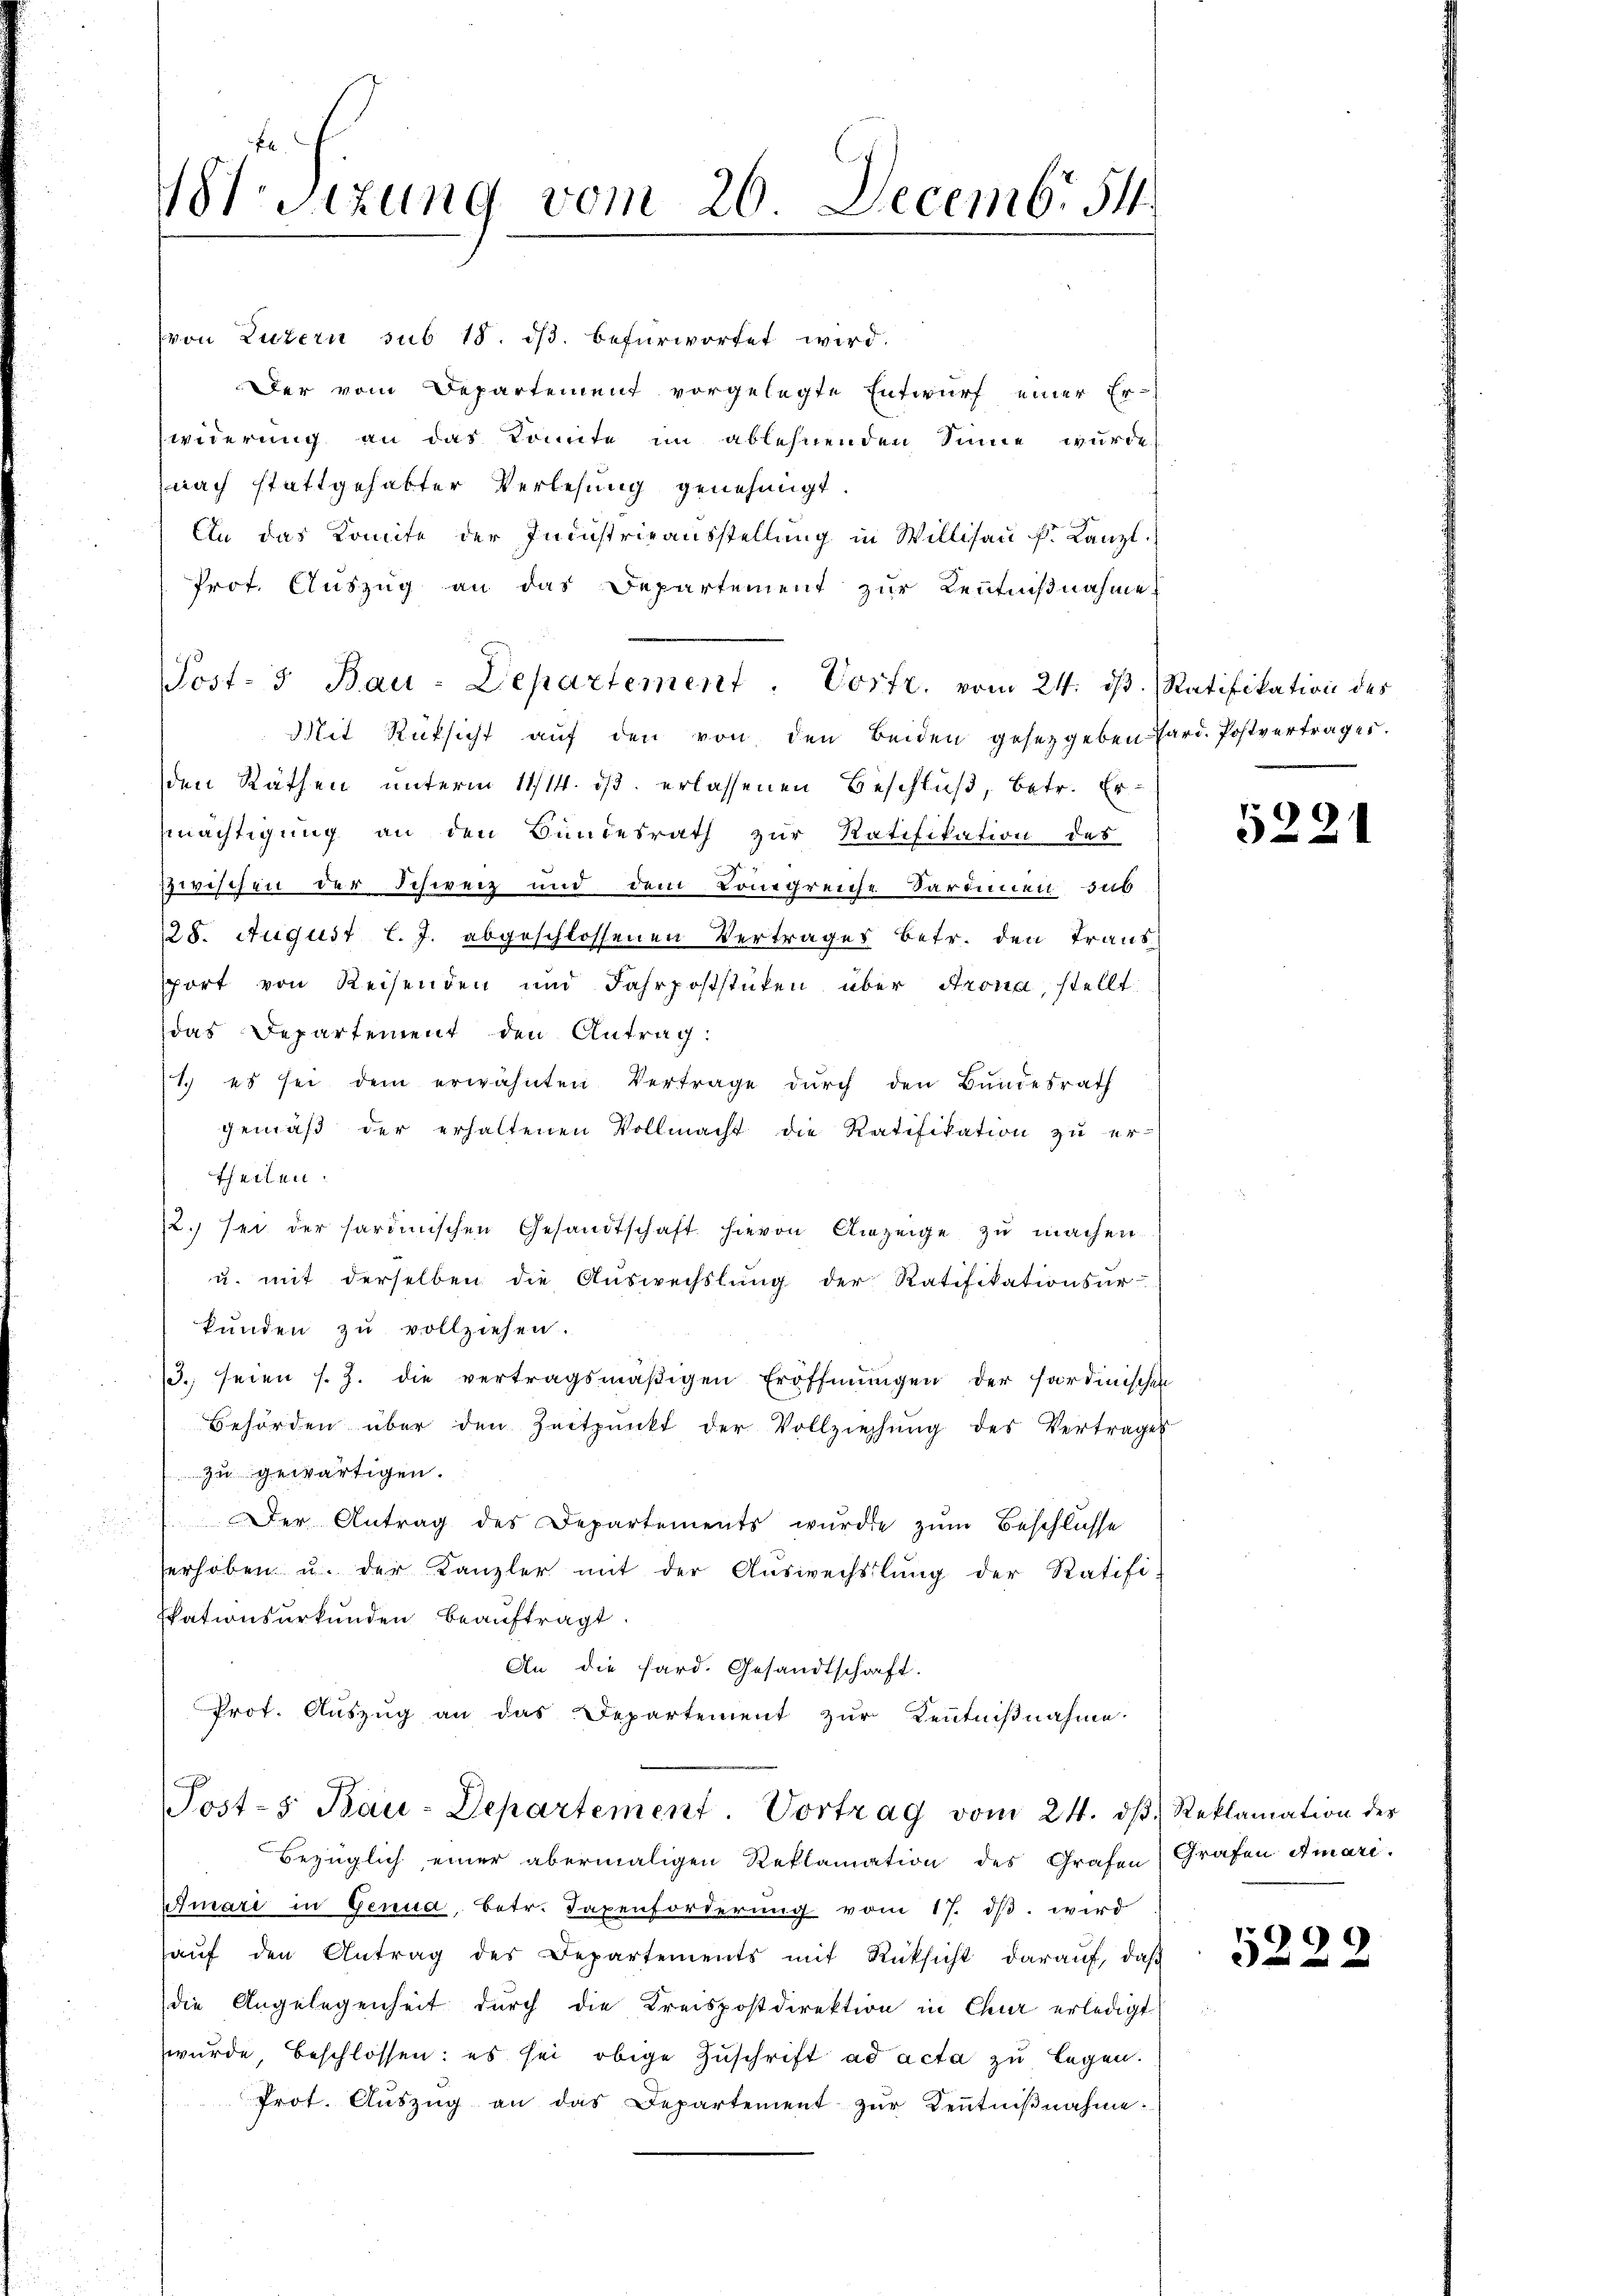
V.Sizung vom 26. Decemb. 54

von Luzern sub 18. ds. befürwortet wird.
Der vom Departement vorgelegte Entwurf einer Er-
widerung an das Komite im ablehnenden Sinne wurde
nach stattgehabter Verlesung genehmigt
An das Komite der Ininstrieausstellŭng in Willisaŭ f. Lanzl
Prof. Auszug an das Departement zur Kenntnißnahme
Mit Rüksicht auf den von den Beiden gesetzgeben Pard. Postvertrages.
den Räthen unterm 11/14. ds. erlassenen Beschluß, betr. Ermächtigung an den Bundesrath zur Ratifikation des
zzwischen der Schweiz und dem Königreiche Sardinen dab
25. August l. J. abgeschlossenen Vertrages betr. den Trans
sport von Reisenden und Fahrpoststuten über Arona, stellt:
das Departement den Antrag:
1.) es sei dem erwähnten Vertrage durch den Bundesrath
gemäβ der erhaltenen Vollmacht die Ratifikation zu er-
theilen
2. sei der sardinischen Gesandtschaft hievon Anzeige zŭ machen
u. mit derselben die Auswechslung der Ratifikationsur-
kunden zu vollziehen.
3. seien s. Z. die vertragsmäßigen Eröffnungen der fordinischen
Behörden über den Zeitpunkt der Vollziehŭng des Vertrages
zu gewärtigen.
Der Antrag des Departements wurde zŭm Beschlusse
erhoben u. der Kanzler mit der Aŭswechslung der Ratifi-
Ekationsurkunden beauftragt.
An die Sard. Gesandtschaft.
Prot. Auszug an das Departement zur Kenntnißnahme.
Post-5 Bau-Departement. Vortrag vom 24. dβ. Reklamation der
Bezüglich einer abermaligen Reklamation des Grafen Grafen Amari.
Atmari in Genua, betr. Taxenforderŭng vom 17. dβ. wird
aŭf den Antrag des Departements mit Rücksicht daraŭf, daβ
die Angelegenheit durch die Kreispostdirektion in Chur erledigt
wurde, beschlossen: es sei obige Zuschrift ad acta zu legen.
Prot. Aŭszŭg an das Departement zŭr Keṅtniβnahme:

Post- & Bau-Departement. Vorfr. vom 24. dβ. Ratifikation des

5221

999
 und und